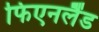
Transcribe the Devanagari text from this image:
फिएनलैंड